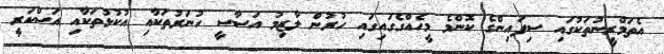
އެތަމްރީނުތަކުގައި ސިފައިންގެ ކޮންމެ މީހެއްގެގައިގައި ހުރުން ލާޒިމު އަސާސީ ހުނަރުތަކާއި އުކުޅުތަކާއި އަސްކަރީ